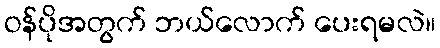
ဝန်ပိုအတွက် ဘယ်လောက် ပေးရမလဲ။